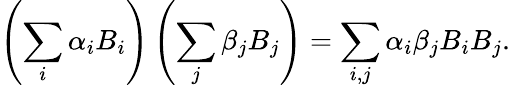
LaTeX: \left(\sum_{i}\alpha_{i}B_{i}\right)\left(\sum_{j}\beta_{j}B_{j}\right)=\sum_{i,j}\alpha_{i}\beta_{j}B_{i}B_{j}.